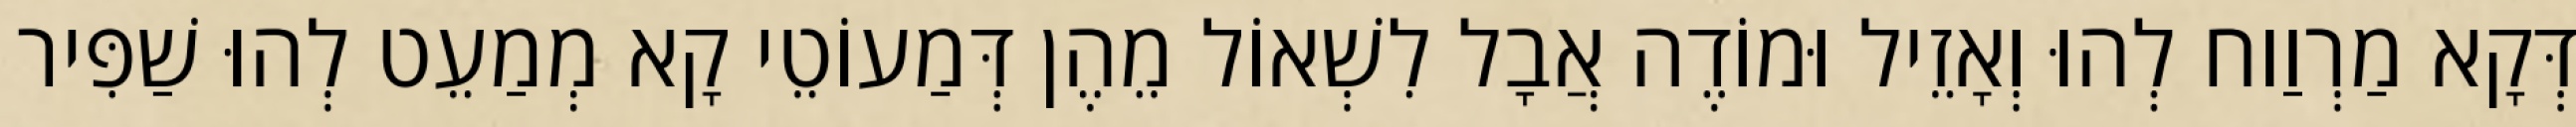
דְּקָא מַרְוַוח לְהוּ וְאָזֵיל וּמוֹדֶה אֲבָל לִשְׁאוֹל מֵהֶן דְּמַעוֹטֵי קָא מְמַעֵט לְהוּ שַׁפִּיר